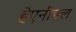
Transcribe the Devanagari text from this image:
हेएनीडल